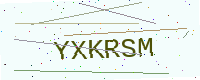
Text: YXKRSM